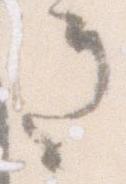
き